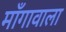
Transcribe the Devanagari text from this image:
माँगावाला